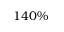
1 4 0 \%